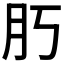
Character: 𦘰